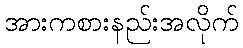
အားကစားနည်းအလိုက်